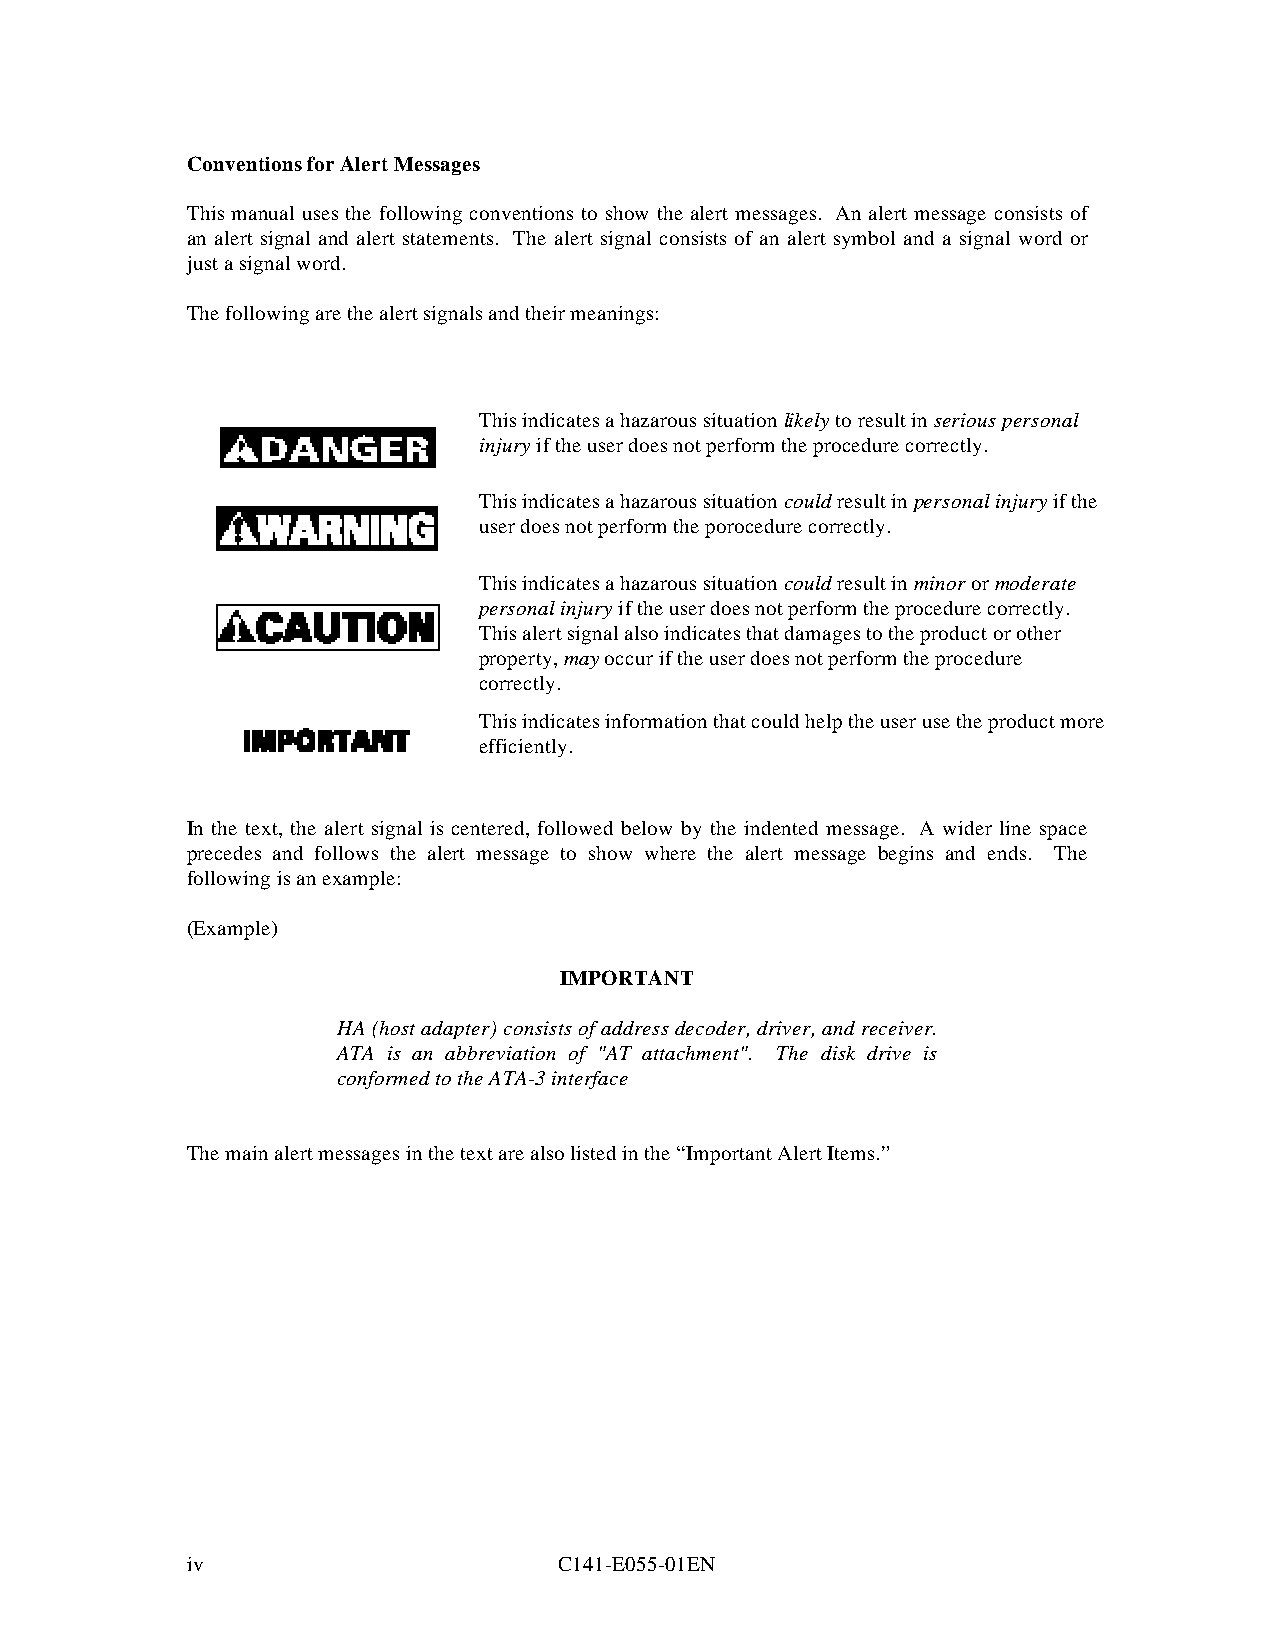
Conventions for Alert Messages
 This manual uses the following conventions to show the alert messages. An alert message consists of
 an alert signal and alert statements. The alert signal consists of an alert symbol and a signal word or
 just a signal word.
 The following are the alert signals and their meanings:
 This indicates a hazarous situation likely to result in serious personal
 injury if the user does not perform the procedure correctly.
 This indicates a hazarous situation could result in personal injury if the
 user does not perform the porocedure correctly.
 This indicates a hazarous situation could result in minor or moderate
 personal injury if the user does not perform the procedure correctly.
 This alert signal also indicates that damages to the product or other
 property, may occur if the user does not perform the procedure
 correctly.
 This indicates information that could help the user use the product more
 efficiently.
 In the text, the alert signal is centered, followed below by the indented message. A wider line space
 precedes and follows the alert message to show where the alert message begins and ends. The
 following is an example:
 (Example)
 IMPORTANT
 HA (host adapter) consists of address decoder, driver, and receiver.
 ATA is an abbreviation of "AT attachment". The disk drive is
 conformed to the ATA-3 interface
 The main alert messages in the text are also listed in the “Important Alert Items.”
 iv                       C141-E055-01EN